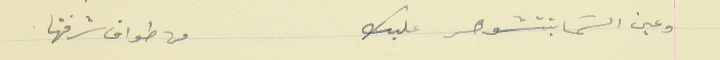
وعين السَما بتتشوهر عليك                                       من طواف شرفتها